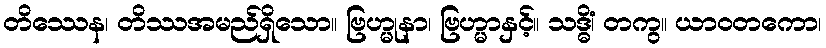
တိဿေန၊ တိဿအမည်ရှိသော။ ဗြဟ္မုနာ၊ ဗြဟ္မာနှင့်။ သဒ္ဓိံ၊ တကွ။ ယာဝတကော၊